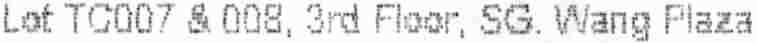
LOT TC007 & 008, 3ND FLOOR, SG. WANG PLAZA